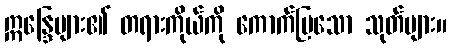
ဣန္ဒြေများ၏ တရားကိုယ်ကို ကောက်ပြသော သုတ်များ။